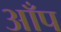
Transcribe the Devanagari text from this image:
आँप